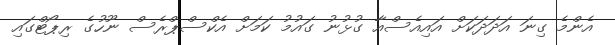
އެންމެ ގިނަ އަދަދަކަށް އައިއެސްއާ ގުޅުނު ގައުމު ކަމަށް އެކްސްޕްރެސް ނޫހުގެ ރިޕޯޓްގައި